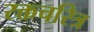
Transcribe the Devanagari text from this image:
रक्तचरित्र